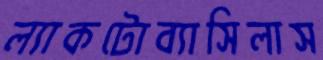
ল্যাকটোব্যাসিলাস